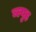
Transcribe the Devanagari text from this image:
ब्ल्युह